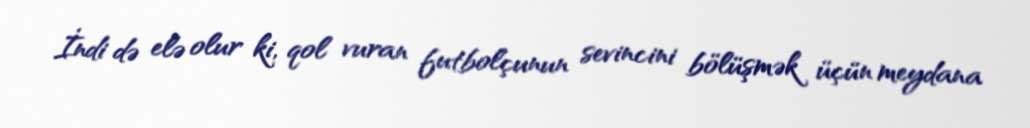
İndi də elə olur ki, qol vuran futbolçunun sevincini bölüşmək üçün meydana